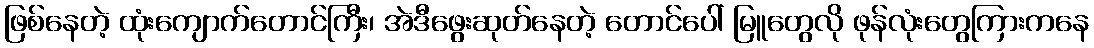
ဖြစ်နေတဲ့ ထုံးကျောက်တောင်ကြီး၊ အဲဒီဖွေးဆုတ်နေတဲ့ တောင်ပေါ် မြူတွေလို ဖုန်လုံးတွေကြားကနေ